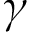
\gamma